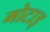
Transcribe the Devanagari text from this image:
मोटाइ